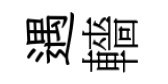
遇轖